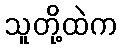
သူတို့ထဲက